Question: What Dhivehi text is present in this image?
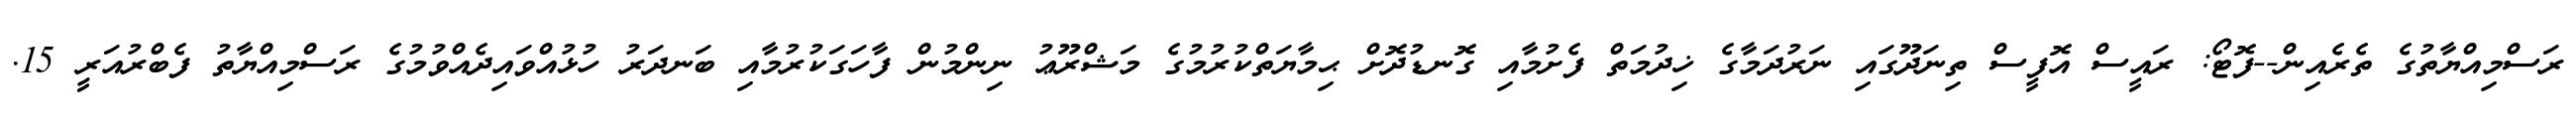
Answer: ރަސްމިއްޔާތުގެ ތެރެއިން--ފޮޓޯ: ރައީސް އޮފީސް ތިނަދޫގައި ނަރުދަމާގެ ޚިދުމަތް ފެށުމާއި ގޮނޑުދޮށް ޙިމާޔަތްކުރުމުގެ މަޝްރޫޢު ނިންމުން ފާހަގަކުރުމާއި ބަނދަރު ހުޅުއްވައިދެއްވުމުގެ ރަސްމިއްޔާތު ފެބްރުއަރީ 15.